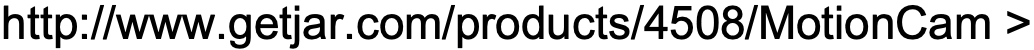
http://www.getjar.com/products/4508/MotionCam >